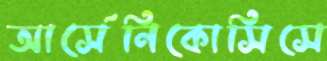
আর্সেনিকোসিসে